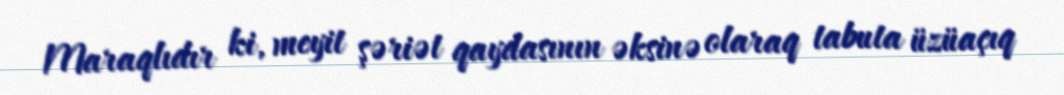
Maraqlıdır ki, meyit şəriət qaydasının əksinə olaraq tabuta üzüaçıq